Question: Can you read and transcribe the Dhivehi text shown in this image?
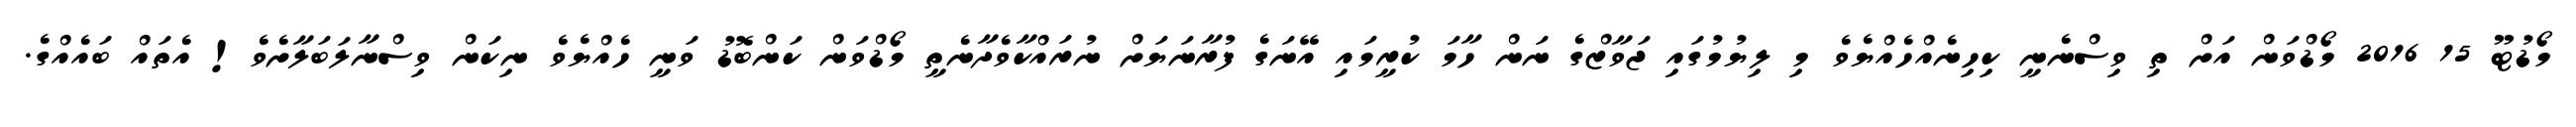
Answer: މޯޑުޓޫ 15 2016 މޯޑްވަން އަށް ތި ވިސްނެނީ ކިހިނެއްހެއްޔެވެ މި ލިޔުމުގައި ޖަވާޒްގެ ނަން ހާމަ ކުރީމައި އޭނަގެ ފުރާނަޔަށް ނުރައްކާވެދާނެތީ މޯޑްވަން ކަންބޮޑު ވަނީ ހެއްޔެވެ ނިކަން ވިސްނާލަބަލާށެވެ! އެތައް ބައެއްގެ.